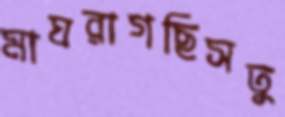
মাঘরাগছিসতু